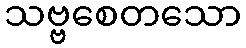
သဗ္ဗစေတသော